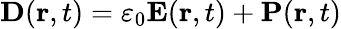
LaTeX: \boldsymbol{\mathbf{D}}(\boldsymbol{\mathbf{r}},t)=\varepsilon_{0}\boldsymbol{\mathbf{E}}(\boldsymbol{\mathbf{r}},t)+\boldsymbol{\mathbf{P}}(\boldsymbol{\mathbf{r}},t)